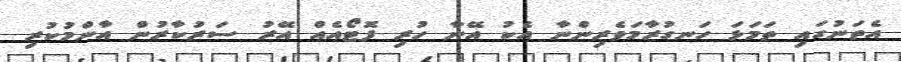
އެތަނުގައި ތަމަޅަ ހަނގުރާމަވެރިންނާ އެކު އޭނާ ހުރި ފޮޓޯއެއް އޭރު ސަރުކާރުން އާންމުކުރި